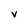
Character: v